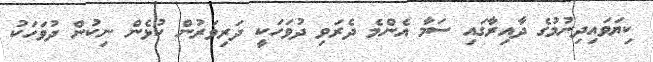
ކިޔަވައިދިނުމުގެ ދާއިރާގައި ސަމާ އެންމެ ދެރަވި ދުވަހަކީ ދަރިވަރުން ކުޅެން ނިކުން ދުވަހަކު